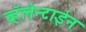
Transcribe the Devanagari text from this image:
व्हॅलेन्टाईन